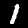
Label: 1